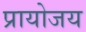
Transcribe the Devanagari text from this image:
प्रायोजय